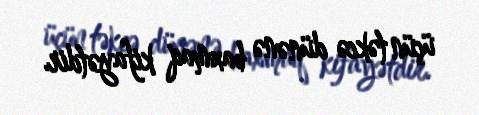
üçün təkcə dünənə baxmaq kifayətdir.